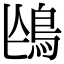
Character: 𩿌